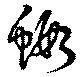
蝦